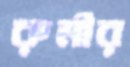
রুমীর